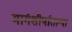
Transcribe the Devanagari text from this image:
मार्गशीर्षातल्या